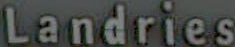
Landries